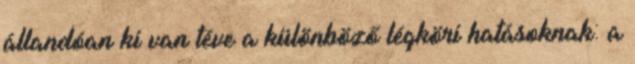
állandóan ki van téve a különböző légköri hatásoknak: a